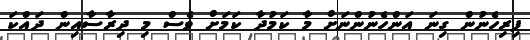
ފިރިހެނުން ގިނަ އަންހެނުންނަށް މާ ކަމުދާ ކަމަށް ވެސް މި ދިރާސާއިން ދައްކަ